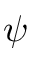
\psi